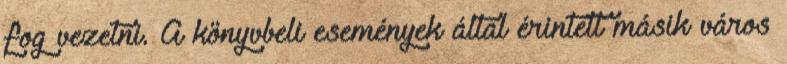
fog vezetni. A könyvbeli események által érintett másik város